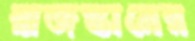
রাজস্তানের